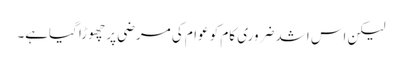
لیکن اس اشد ضروری کام کو عوام کی مرضی پر چھوڑا گیاہے۔